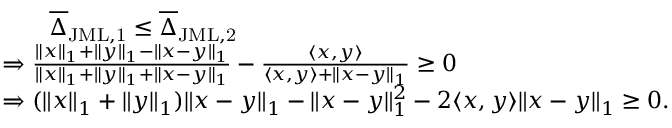
\begin{array} { r l } & { \qquad \overline { { \Delta } } _ { \mathrm { J M L , 1 } } \leq \overline { { \Delta } } _ { \mathrm { J M L , 2 } } } \\ & { \Rightarrow \frac { \| x \| _ { 1 } + \| y \| _ { 1 } - \| x - y \| _ { 1 } } { \| x \| _ { 1 } + \| y \| _ { 1 } + \| x - y \| _ { 1 } } - \frac { \langle x , y \rangle } { \langle x , y \rangle + \| x - y \| _ { 1 } } \geq 0 } \\ & { \Rightarrow ( \| x \| _ { 1 } + \| y \| _ { 1 } ) \| x - y \| _ { 1 } - \| x - y \| _ { 1 } ^ { 2 } - 2 \langle x , y \rangle \| x - y \| _ { 1 } \geq 0 . } \end{array}